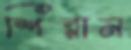
শিরান